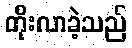
တိုးလာခဲ့သည်